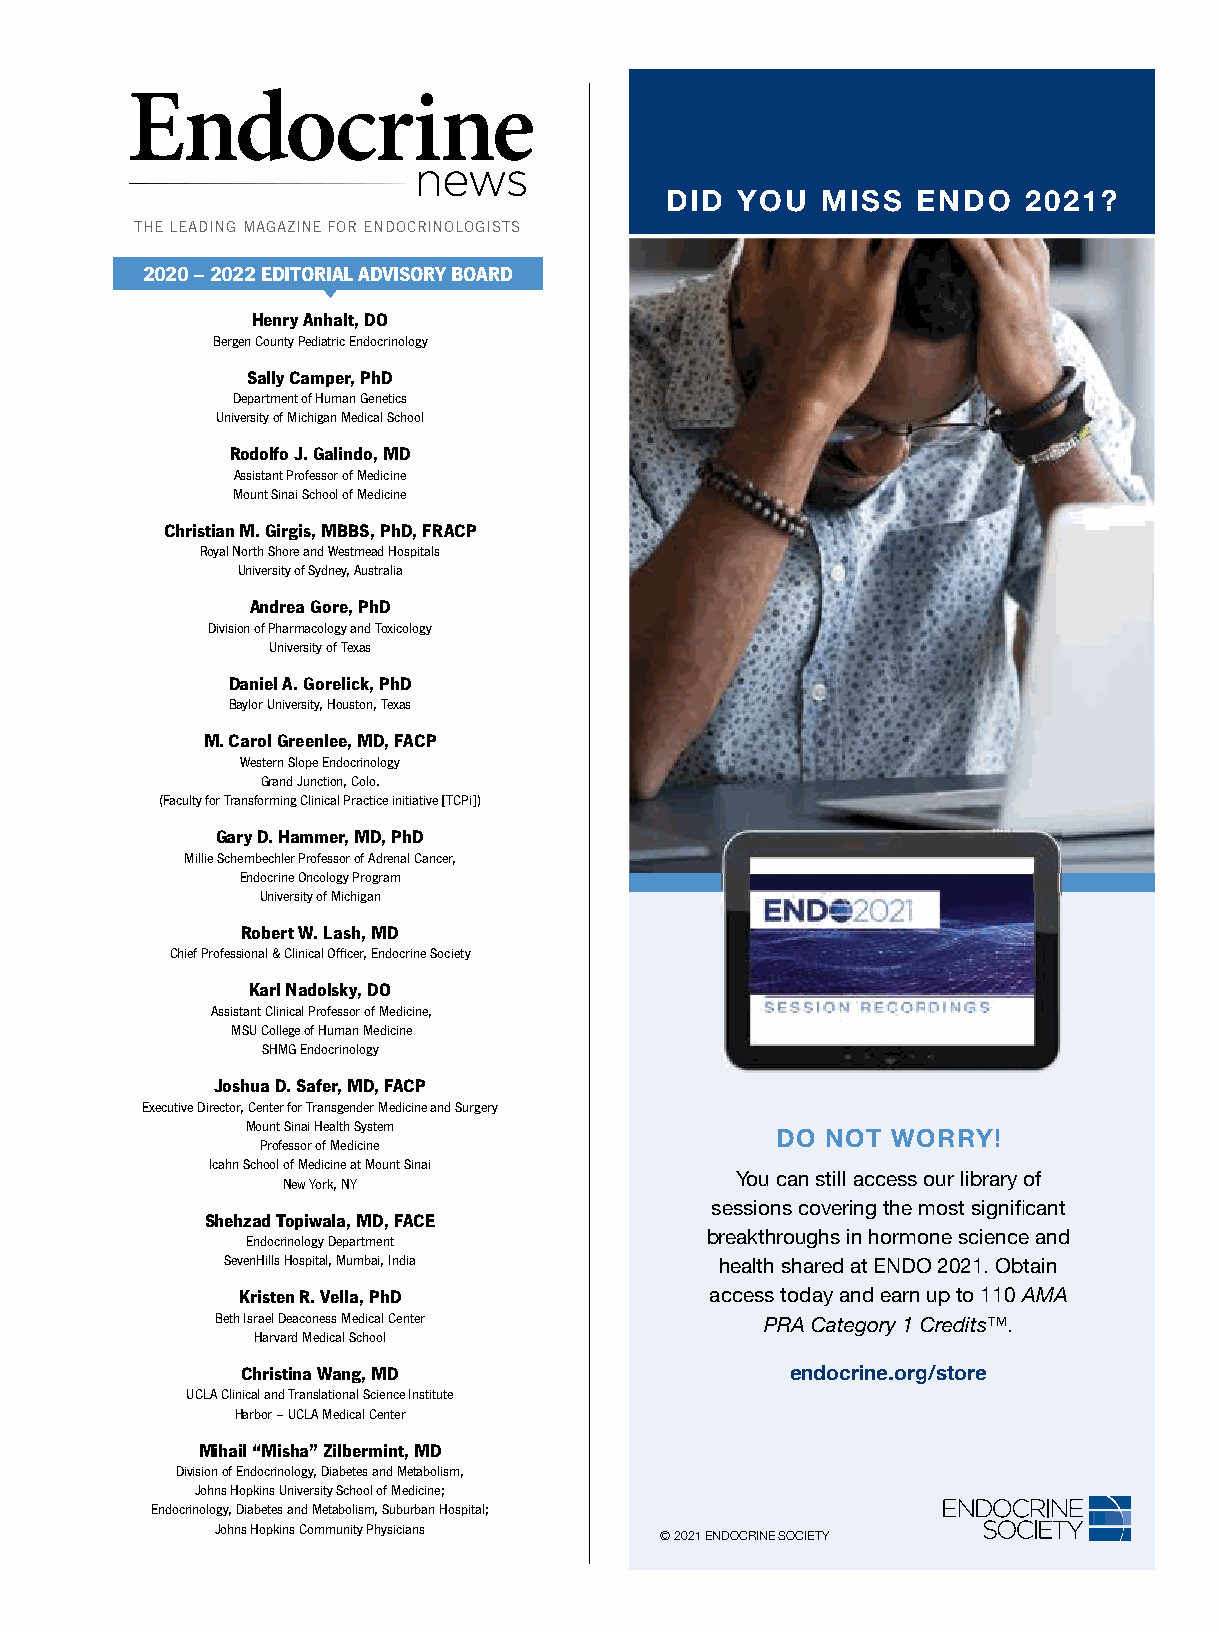
DID  YOU  MISS   ENDO   2021?
 THE LEADING MAGAZINE FOR ENDOCRINOLOGISTS
 2020 – 2022 EDITORIAL ADVISORY BOARD
 Henry Anhalt, DO
 Bergen County Pediatric Endocrinology
 Sally Camper, PhD
 Department of Human Genetics
 University of Michigan Medical School
 Rodolfo J. Galindo, MD
 Assistant Professor of Medicine
 Mount Sinai School of Medicine
 Christian M. Girgis, MBBS, PhD, FRACP
 Royal North Shore and Westmead Hospitals
 University of Sydney, Australia
 Andrea Gore, PhD
 Division of Pharmacology and Toxicology
 University of Texas
 Daniel A. Gorelick, PhD
 Baylor University, Houston, Texas
 M. Carol Greenlee, MD, FACP
 Western Slope Endocrinology
 Grand Junction, Colo.
 (Faculty for Transforming Clinical Practice initiative [TCPi])
 Gary D. Hammer, MD, PhD
 Millie Schembechler Professor of Adrenal Cancer,
 Endocrine Oncology Program
 University of Michigan
 Robert W. Lash, MD
 Chief Professional & Clinical Officer, Endocrine Society
 Karl Nadolsky, DO
 Assistant Clinical Professor of Medicine,
 MSU College of Human Medicine
 SHMG Endocrinology
 Joshua D. Safer, MD, FACP
 Executive Director, Center for Transgender Medicine and Surgery
 Mount Sinai Health System
 DO  NOT WORRY!
 Professor of Medicine
 Icahn School of Medicine at Mount Sinai
 You can still access our library of
 New York, NY
 sessions covering the most signifi cant
 Shehzad Topiwala, MD, FACE
 breakthroughs in hormone science and
 Endocrinology Department
 SevenHills Hospital, Mumbai, India health shared at ENDO 2021. Obtain
 Kristen R. Vella, PhD          access today and earn up to 110 AMA
 Beth Israel Deaconess Medical Center PRA Category 1 Credits™.
 Harvard Medical School
 Christina Wang, MD                  endocrine.org/store
 UCLA Clinical and Translational Science Institute
 Harbor – UCLA Medical Center
 Mihail “Misha” Zilbermint, MD
 Division of Endocrinology, Diabetes and Metabolism,
 Johns Hopkins University School of Medicine;
 Endocrinology, Diabetes and Metabolism, Suburban Hospital;
 Johns Hopkins Community Physicians
 © 2021 ENDOCRINE SOCIETY